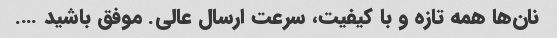
نان‌ها همه تازه و با کیفیت، سرعت ارسال عالی. موفق باشید ….